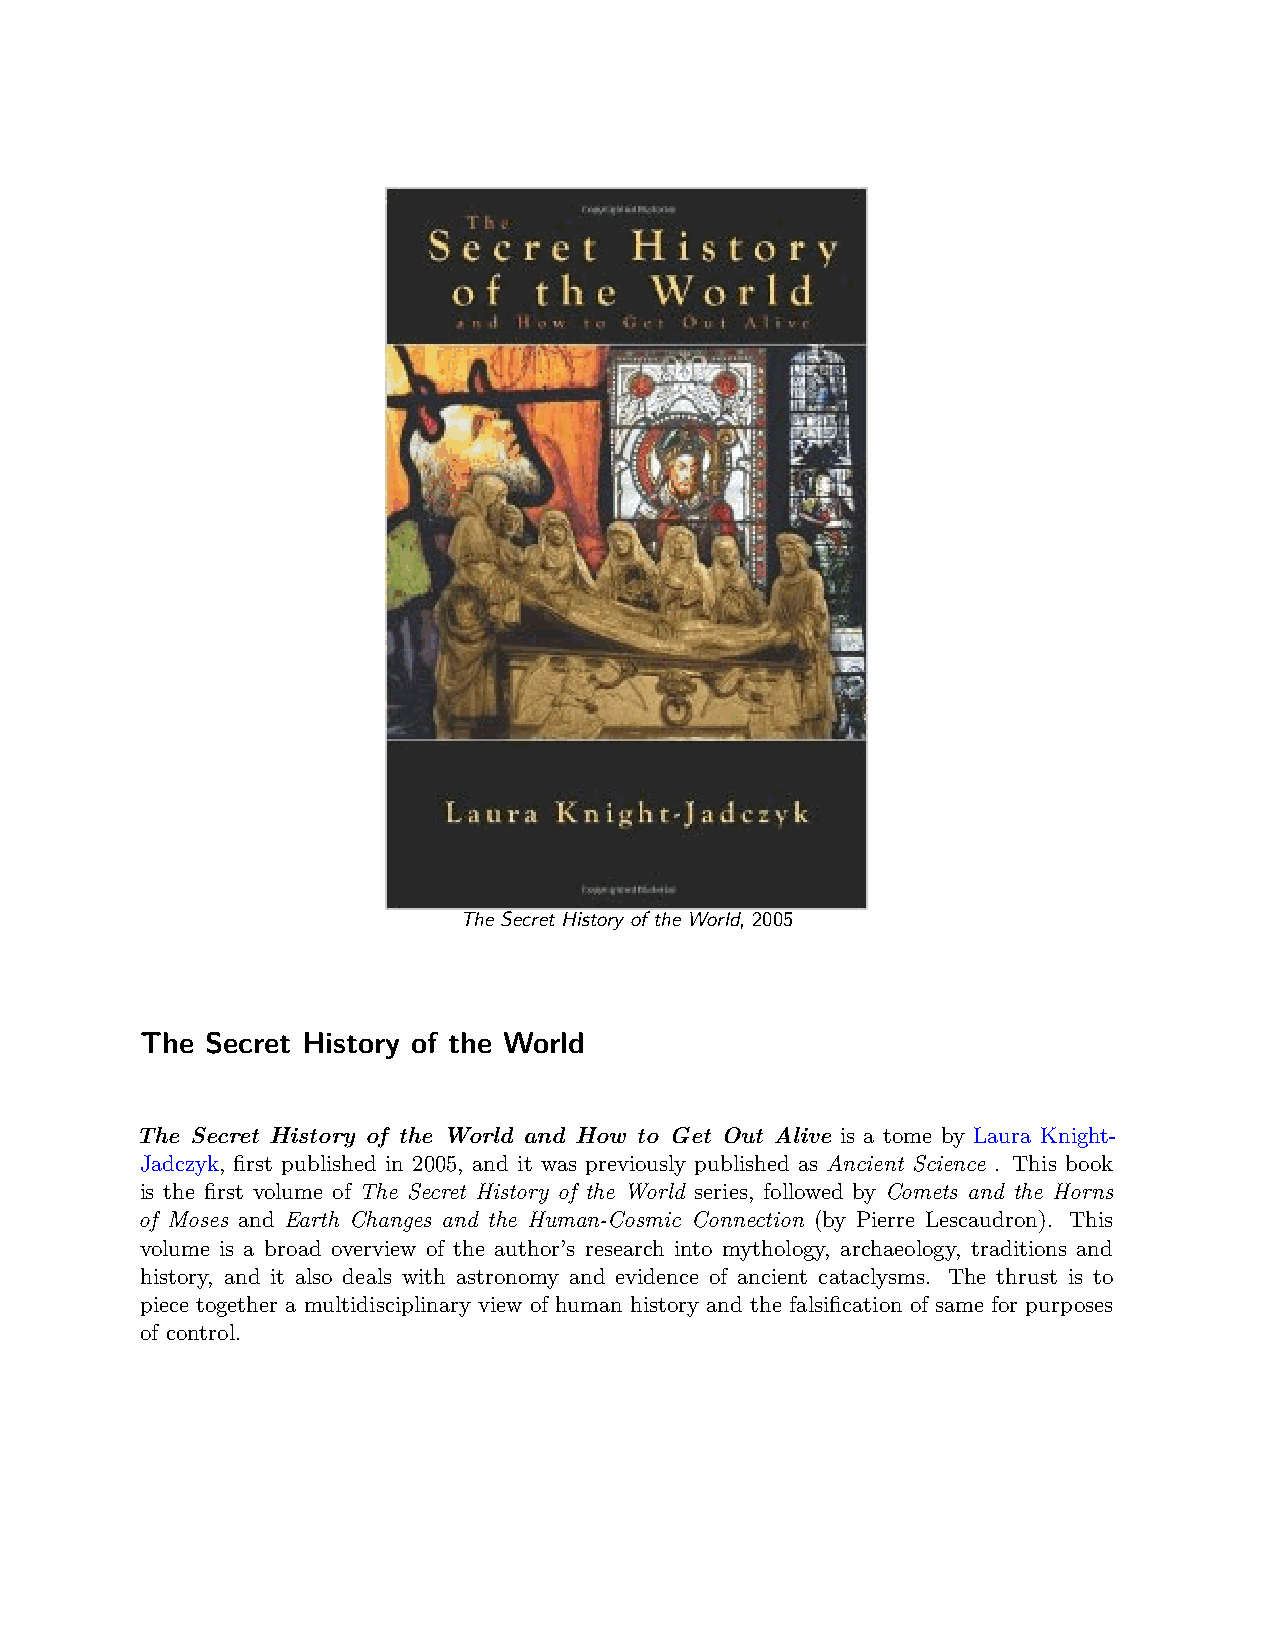
The Secret History of the World, 2005
 The  Secret History of the World
 The Secret History of the World and How to Get Out Alive is a tome by Laura Knight-
 Jadczyk, first published in 2005, and it was previously published as Ancient Science . This book
 is the first volume of The Secret History of the World series, followed by Comets and the Horns
 of Moses and Earth Changes and the Human-Cosmic Connection (by Pierre Lescaudron). This
 volume is a broad overview of the author’s research into mythology, archaeology, traditions and
 history, and it also deals with astronomy and evidence of ancient cataclysms. The thrust is to
 piece together a multidisciplinary view of human history and the falsification of same for purposes
 of control.